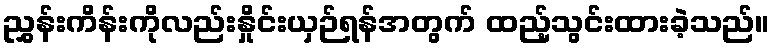
ညွှန်းကိန်းကိုလည်းနှိုင်းယှဉ်ရန်အတွက် ထည့်သွင်းထားခဲ့သည်။